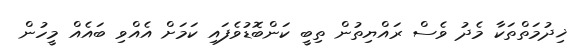
ޚިިދުމަތްތަކާ މެދު ވެސް ރައްޔިތުން ތިބީ ކަންބޮޑުވެފައި ކަމަށް އެއްވި ބައެއް މީހުން